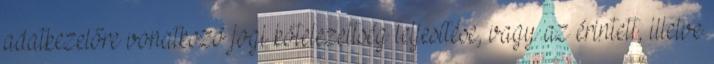
adatkezelőre vonatkozó jogi kötelezettség teljesítése, vagy az érintett, illetve